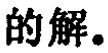
的解。